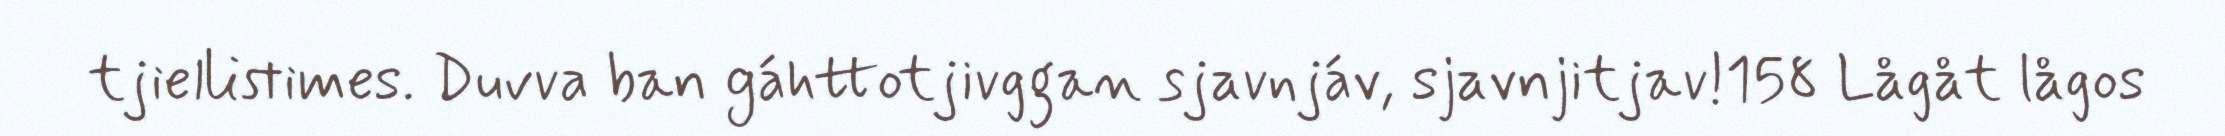
tjiellistimes. Duvva ban gáhttotjivggan sjavnjáv, sjavnjitjav!158 Lågåt lågos